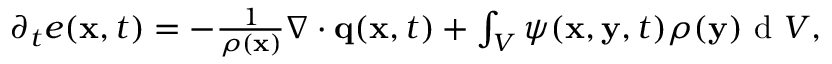
\begin{array} { r } { \partial _ { t } e ( \mathbf x , t ) = - \frac { 1 } { \rho ( \mathbf x ) } \nabla \cdot \mathbf q ( \mathbf x , t ) + \int \displaylimits _ { V } \psi ( \mathbf x , \mathbf y , t ) \rho ( \mathbf y ) \textrm { d } V , } \end{array}